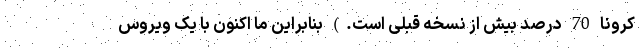
کرونا 70 درصد بیش از نسخه قبلی است.) بنابراین ما اکنون با یک ویروس